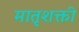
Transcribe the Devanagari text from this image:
मातृशक्ती